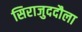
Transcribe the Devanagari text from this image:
सिराजुददौला